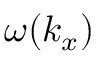
\omega ( k _ { x } )